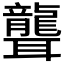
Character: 聾